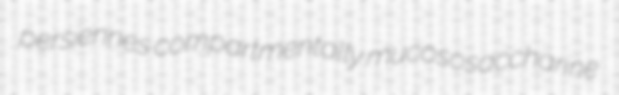
persiennes compartmentally mucososaccharine